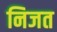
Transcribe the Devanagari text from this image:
निजत